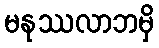
မနုဿလာဘမှိ